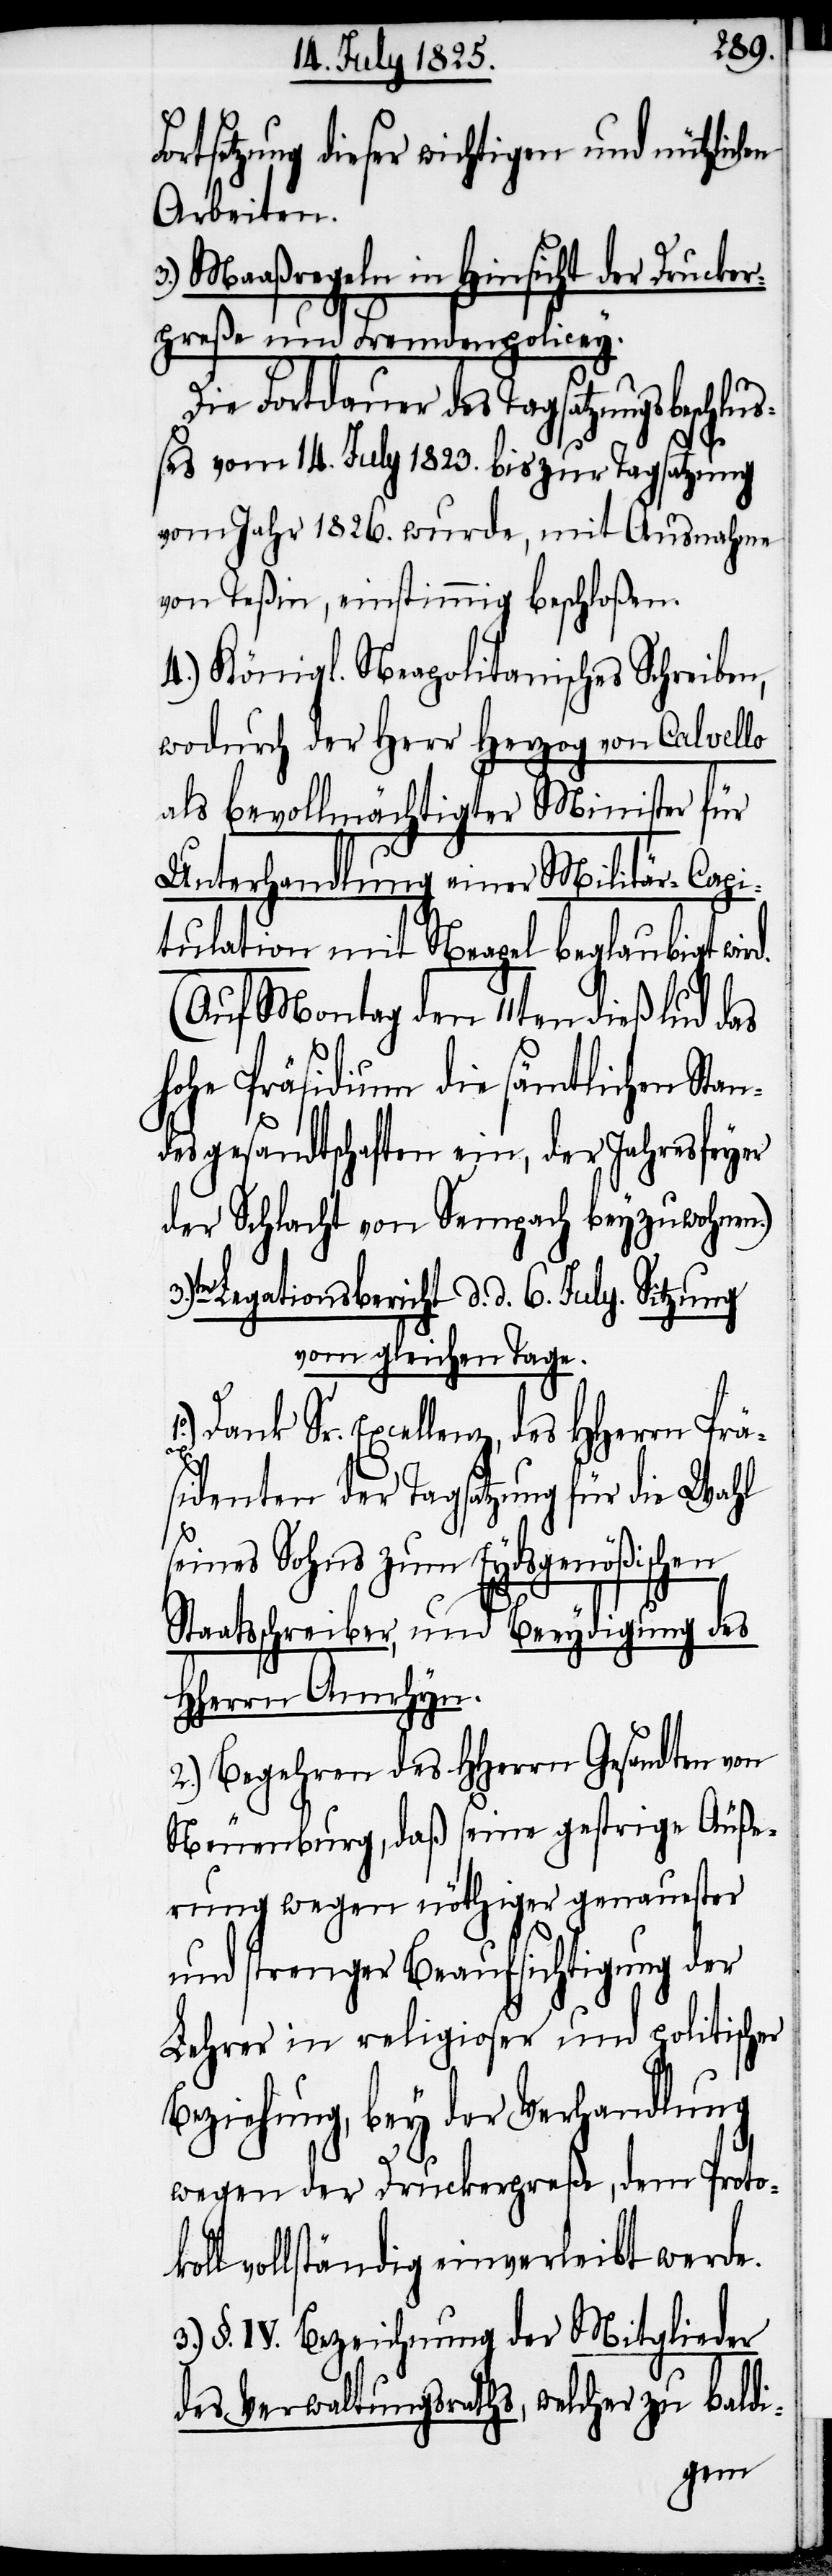
ortsetzung dieser wichtigen und nützlich¬
Arbeiten.
3.) Maaßregeln in Hinsicht der Drucker¬
preße und Fremdenpolicey.
Die Fortdauer des Tagsatzungsbeschl¬
ßes vom 14. July 1823. bis zur Tagsatzung
vom Jahr 1826. wurde, mit Ausnahme
von Teßin, einstimmig beschloßen.
4.) Königl. Neapolitanisches Schreiben,
wodurch der Herr Herzog von Calvello
als bevollmächtigter Minister für
Unterhandlung einer Militär-Capi¬
tulation mit Neapel beglaubigt wird.
(Auf Montag den 11ten dieß lud das
hohe Präsidium die sämtlichen Stan¬
desgesandtschaften ein, der Jahresfeyer
der Schlacht von Sempach beyzuwohnen.)
Legationsbericht d. d. 6. July. Sitzung
vom gleichen Tage.
Dank Sr. Excellenz, des HHerrn Prä¬
sidenten der Tagsatzung für die Wahl
seines Sohns zum Eydsgenößischen
u¬
Staatsschreiber, und Beeydigung des
HHerrn Amrhyn.
2.) Begehren des HHerrn Gesandten von
Neuenburg, daß seine gestrige Äuße¬
rung wegen nöthiger genauester
und strenger Beaufsichtigung der
Lehrer in religioser und politischer
Beziehung, bey der Verhandlung
wegen der Druckerpreße, dem Protoko¬
ll vollständig einverleibt werde.
3.) §. IV. Bezeichnung der Mitglieder
des Verwaltungsraths, welcher zu baldi-